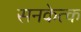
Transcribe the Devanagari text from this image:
सनकेत्क